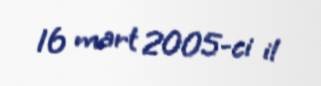
16 mart 2005-ci il